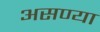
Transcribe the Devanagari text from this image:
असण्या